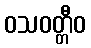
ဝသဝတ္တီဝ